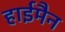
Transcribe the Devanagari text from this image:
हाईमैन